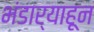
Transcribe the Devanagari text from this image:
भंडार्‍याहून